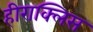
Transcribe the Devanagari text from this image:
हीराक्लिस